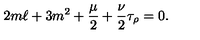
2 m \ell + 3 m ^ { 2 } + \frac { \mu } { 2 } + \frac { \nu } { 2 } \tau _ { \rho } = 0 .